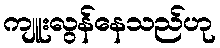
ကျူးလွန်နေသည်ဟု